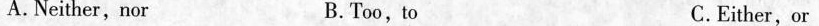
A.Neither,nor B.Too, to C.Either,or